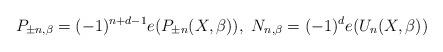
LaTeX: \begin{align*}P_{\pm n, \beta}=(-1)^{n+d-1}e(P_{\pm n}(X, \beta)), \ N_{n, \beta}=(-1)^d e(U_n(X, \beta))\end{align*}